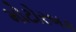
મોટોરબક